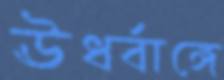
ঊর্ধ্বাঙ্গে